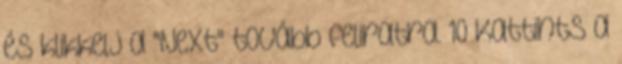
és klikkelj a "Next" tovább feliratra. 10 Kattints a